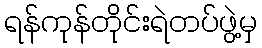
ရန်ကုန်တိုင်းရဲတပ်ဖွဲ့မှ